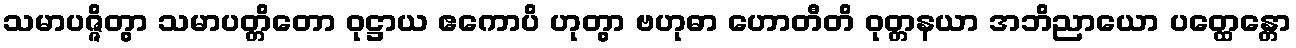
သမာပဇ္ဇိတွာ သမာပတ္တိတော ဝုဋ္ဌာယ ဧကောပိ ဟုတွာ ဗဟုဓာ ဟောတီတိ ဝုတ္တနယာ အဘိညာယော ပတ္ထေန္တော